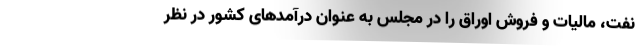
نفت، مالیات و فروش اوراق را در مجلس به عنوان درآمد‌های کشور در نظر